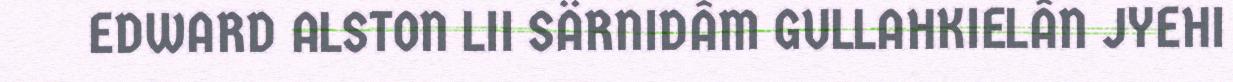
EDWARD ALSTON LII SÄRNIDÂM GULLAHKIELÂN JYEHI